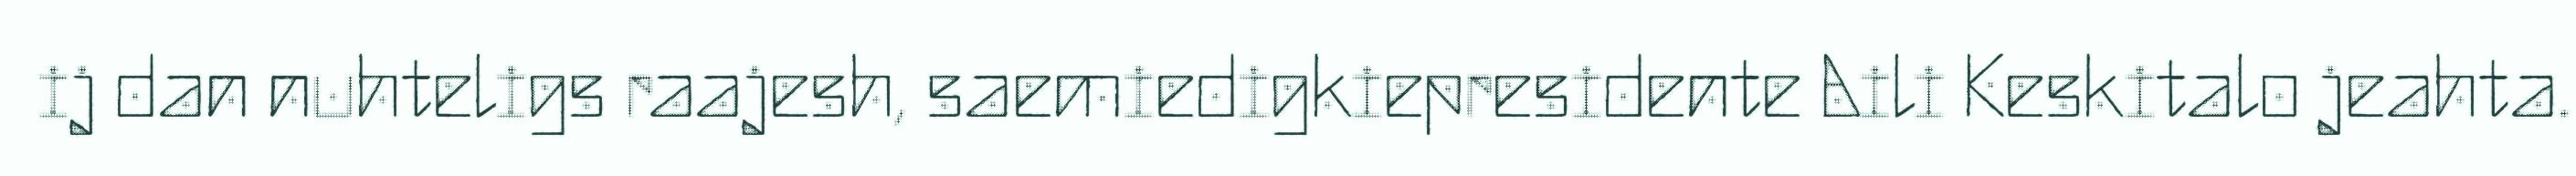
ij dan nuhteligs raajesh, saemiedigkiepresidente Aili Keskitalo jeahta.